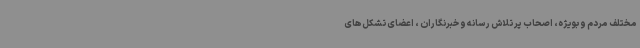
مختلف مردم و بویژه، اصحاب پر تلاش رسانه و خبرنگاران ، اعضای تشکل‌های